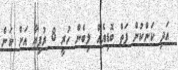
އަދި ކަންކުން ފަތް ބޮޑިއެއް ލިބެން ހުރީ 8 ރުފިޔާ އަށް ކަން